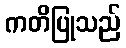
ကတိပြုသည်